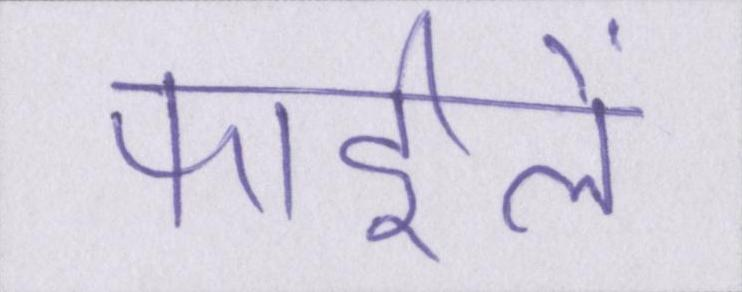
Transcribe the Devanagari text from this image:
फाईलें